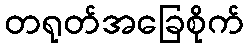
တရုတ်အခြေစိုက်